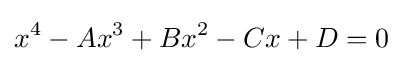
x^{4}-Ax^{3}+Bx^{2}-Cx+D=0